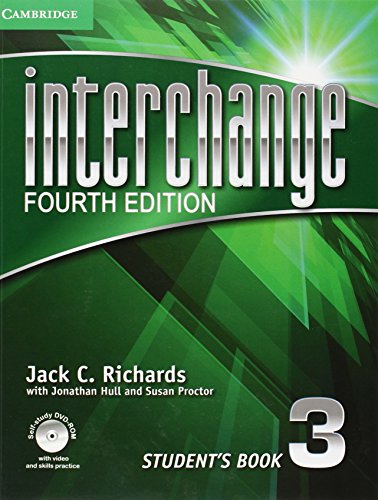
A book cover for Interchange Level 3 Student's Book with Self-study DVD-ROM (Interchange Fourth Edition); Jack C. Richards; Reference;